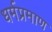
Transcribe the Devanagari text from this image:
धर्मप्रमाण